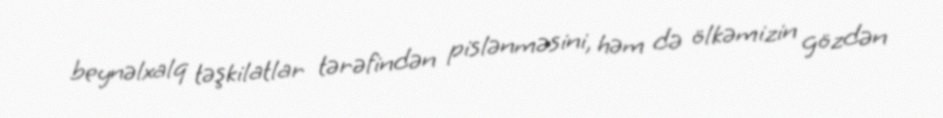
beynəlxalq təşkilatlar tərəfindən pislənməsini, həm də ölkəmizin gözdən